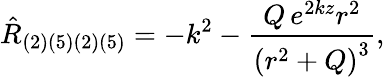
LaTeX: {\hat{R}}_{(2)(5)(2)(5)}=-k^{2}-\frac{Q\, e^{2kz}r^{2}}{{(r^{2}+Q)}^{3}},